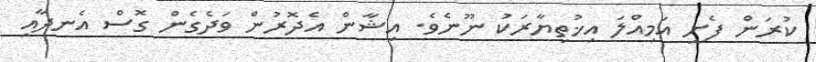
ކުރަން ފެށީ އަމިއްލަ އިޚުތިޔާރަކު ނޫނެވެ. އިޝާން އެދޮރުން ވަދެގެން ގޮސް އެނދާއި